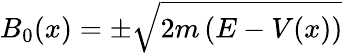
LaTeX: B_{0}(x)=\pm{\sqrt{2m\left(E-V(x)\right)}}